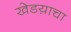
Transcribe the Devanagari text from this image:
खेडय़ाचा